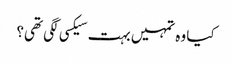
کیا وہ تمہیں بہت سیکسی لگی تھی؟